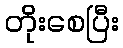
တိုးစေပြီး